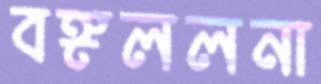
বঙ্গললনা